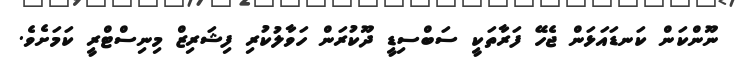
ނޫންކަން ކަނޑައަޅަން ޖެހޭ ފަރާތަކީ ސަބްސިޑީ ދޫކުރަން ހަވާލުކުރި ފިޝަރިޒް މިނިސްޓްރީ ކަމަށެވެ.